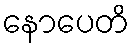
နောပေတိ